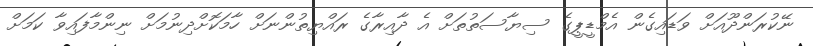
ނޭކުރަންދޫއަށް ވަޑައިގެން އެމްޑީޕީގެ ސިޔާސަތުތަށް އެ ދާއިރާގެ ރައްޔިތުންނަށް ހާމަކޮށްދިނުމަށް ނިންމާފައިވާ ކަމަށް